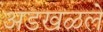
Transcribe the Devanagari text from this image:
अडखळले